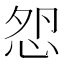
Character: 𢘵